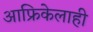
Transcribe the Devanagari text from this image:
आफ्रिकेलाही